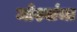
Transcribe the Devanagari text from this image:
जोश्यांचा